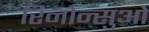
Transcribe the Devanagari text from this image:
रिनोन्सुओ